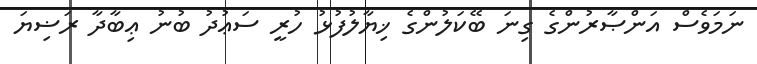
ނަމަވެސް އަންޞާރުންގެ ގިނަ ބޭކަލުންގެ ޚިޔާލުފުޅު ހުރީ ސަޢުދު ބުނު ޢިބާދާ ރަޟިޔަ